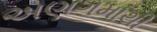
અણગમાથી